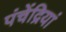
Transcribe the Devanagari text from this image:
पंचेंद्रियां